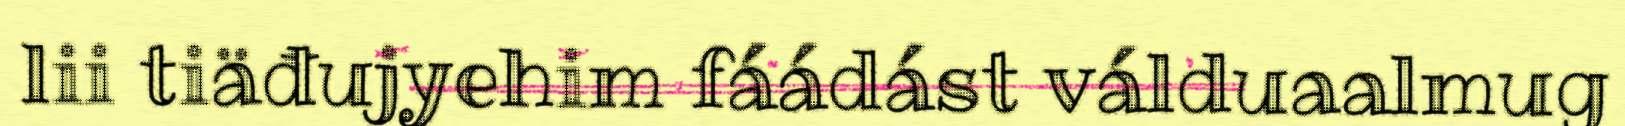
lii tiäđujyehim fáádást válduaalmug